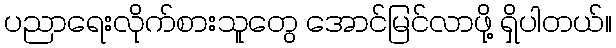
ပညာရေးလိုက်စားသူတွေ အောင်မြင်လာဖို့ ရှိပါတယ်။